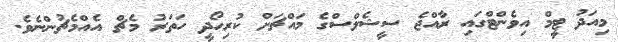
މިއަދު ޓީމް އިވެންޓްގައި ރާއްޖެ ސީޝެލްސްގެ މައްޗަށް ކުރިހޯދީ ހަތަރު މެޗް އެއްމެޗުންނެވެ.